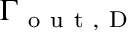
\Gamma _ { \mathrm { ~ o ~ u ~ t ~ } , \mathrm { ~ D ~ } }